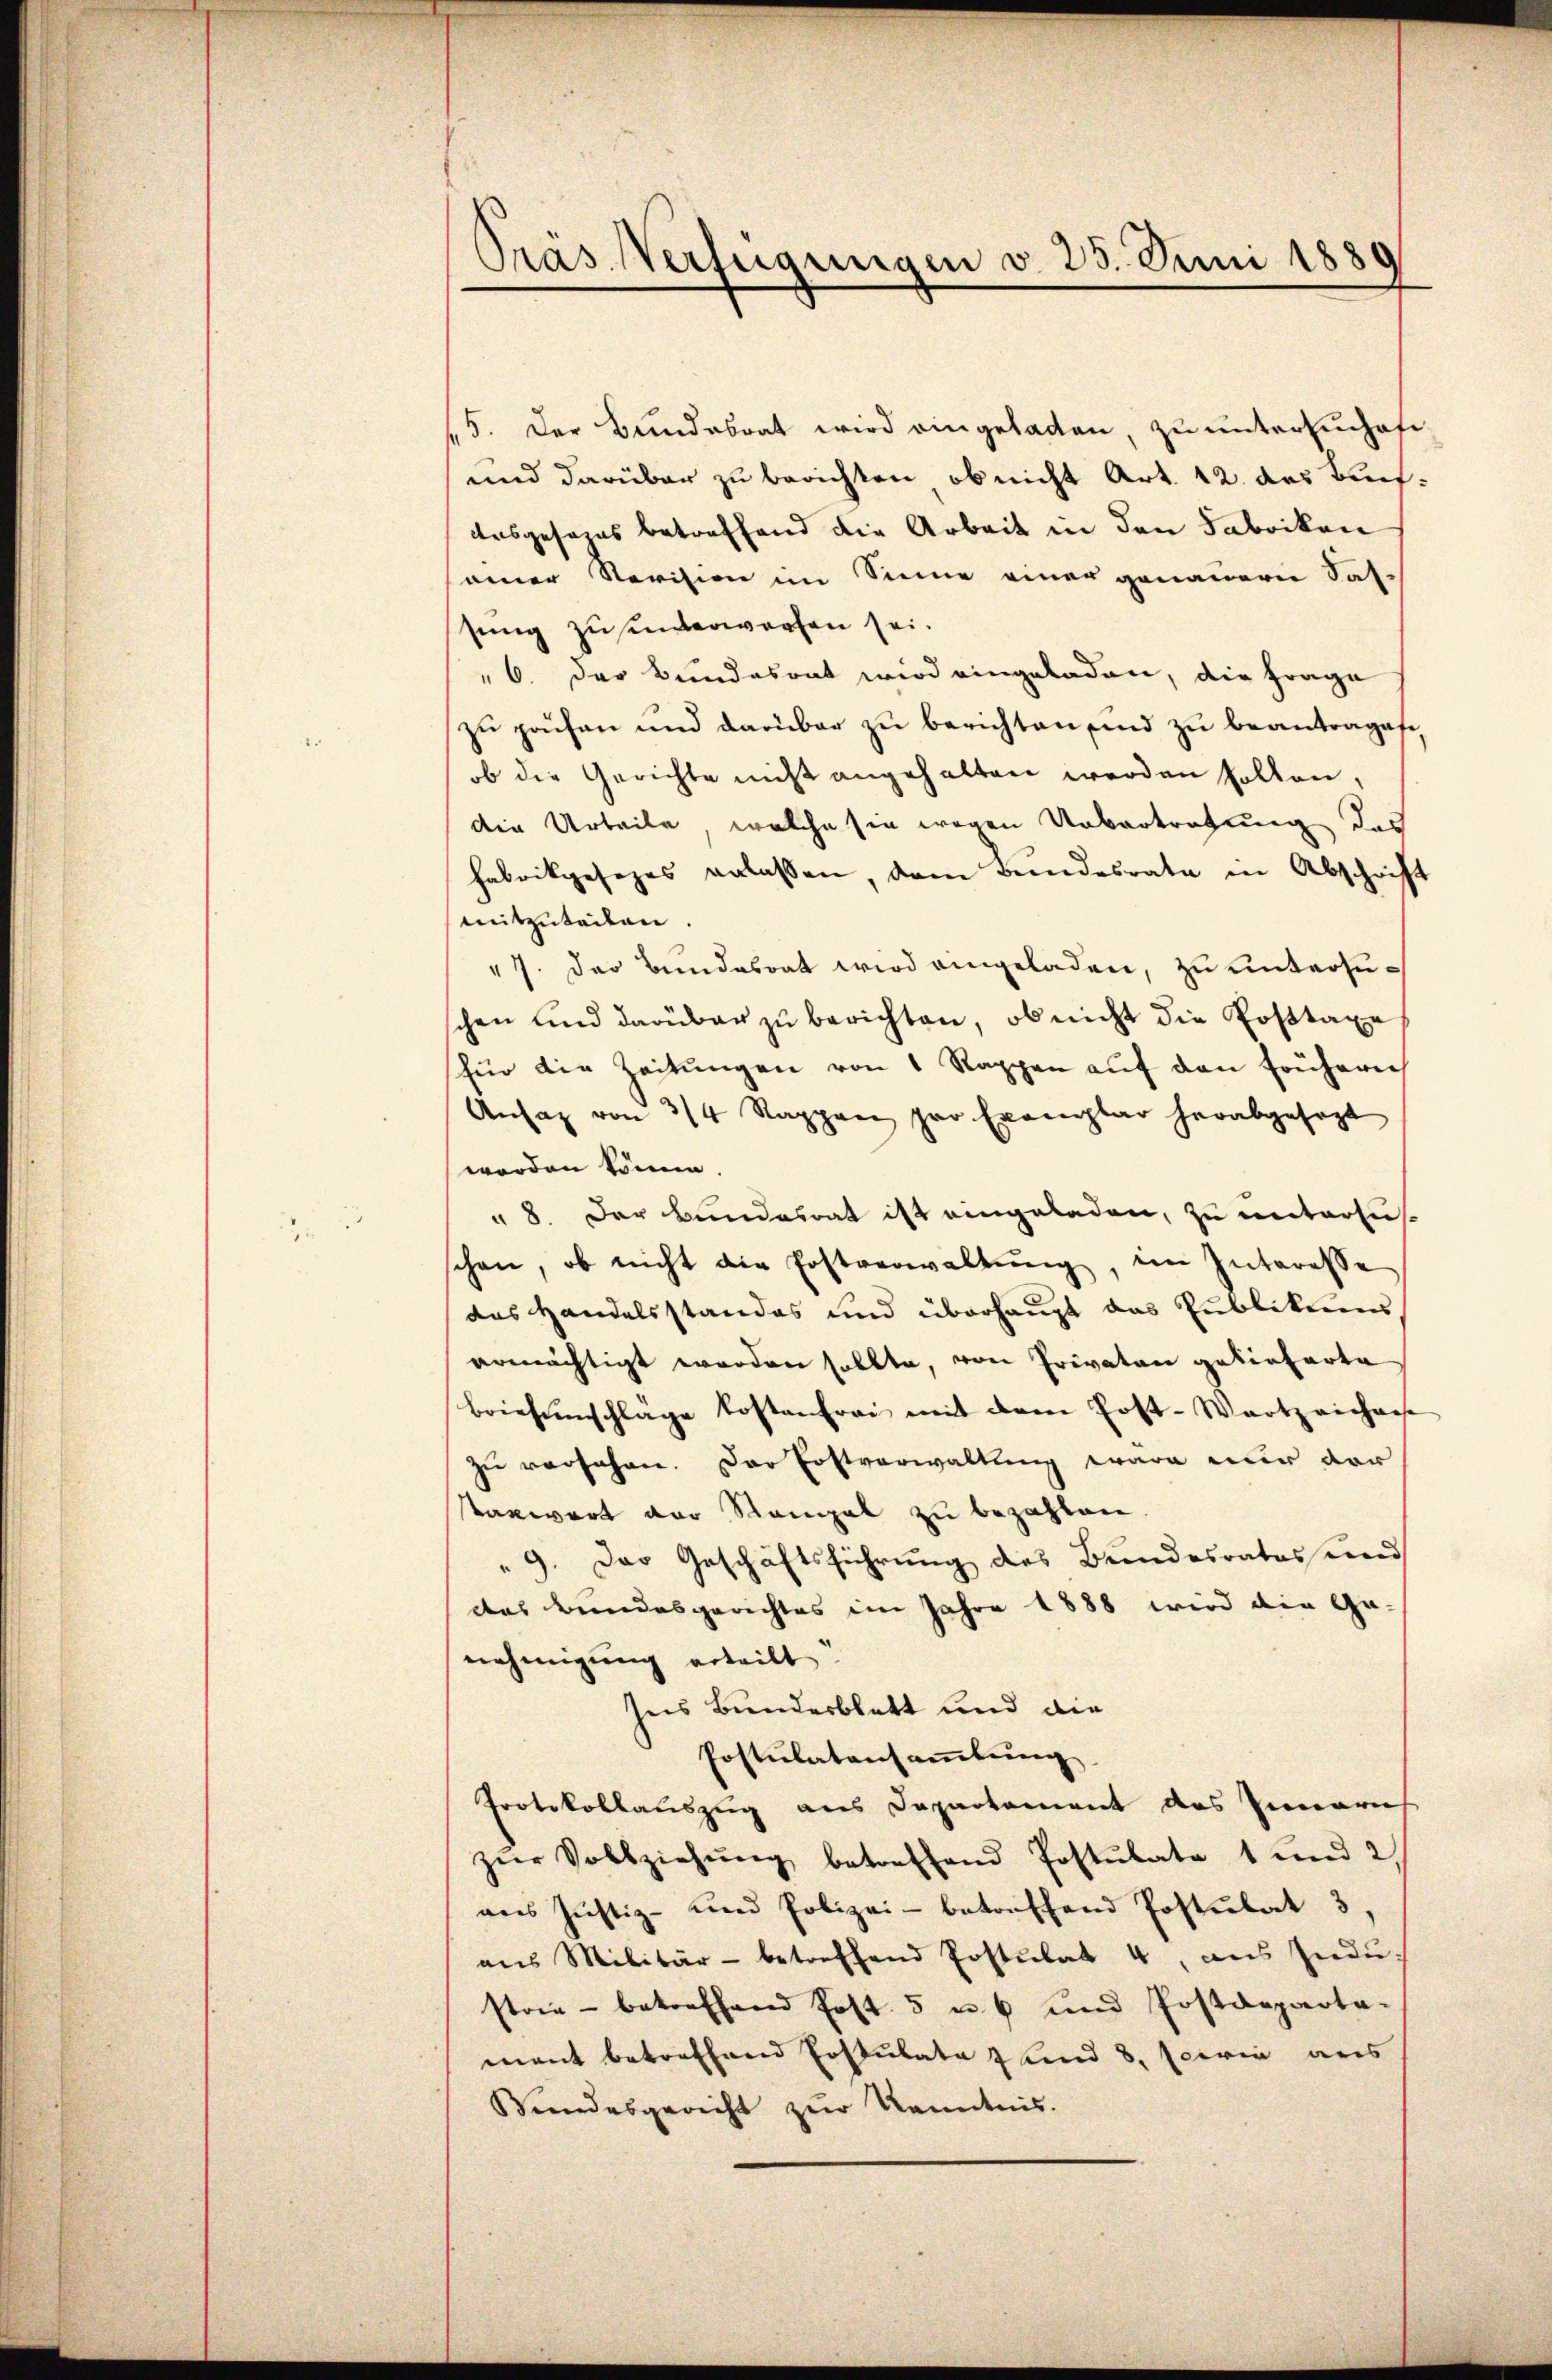
Präs. Verfügungen v. 25. Juni 1889

15. Der Bundesrat wird eingeladen, zu unterschaft
und darüber zu berichten, ob nicht Art. 12. des Buchdesgesezes betreffend die Arbeit in den Fabriken
einer Revision im Sinne einer genauern Sas-
sung zusinverworfen sei.
" 6. Der Bundesrat wird eingeladen, die Frage
zu prüfen und darüber zu berichten sind zu beantrages
ob die Gerichte nicht angehalten werden holten,
die Urteile, welche sie wegen Uebertretung des
habrikgesezes erlassen, dem Bundesrate in Abschrift
mitzuteilen
7. Der Bundesrat wird eingeladen, zu untersuchen und darüber zu berichten, ob nicht die Posttaxe
für die Zeitŭngen von 1 Rappen aŭf den früherei
Ansaz von 3/4 Rappen pro Exemplar herabgesagt
worden könne.
" 8. Der Bundesrat ist eingeladen, zu untersuschon, ob nicht die Erstverwaltŭng, im Interesse
das Handelsstandes und überhaupt das Publikums,
ermächtigt worden sollte, von Privaten gelieferte
briefenschläge kosten frei mit dem Post-Wartzeichae
zu versehen. Der Erstverwaltung wäre nur vor
tanwart vor Stanal zu bezahlen
" 9. Das Geschäftsführung des Bundesrates und
das Bundesgerichtes im Jahre 1888 wird die Ge-
nehmigung erteilt.
sees Bundesblatt und die
Postulatensammlung
Protokollauszug aus Departement des Inneris
zŭr Vollziehŭng betreffend Postulate 1 und 2
ans Justiz- und Polizei- betreffend Postulat 3,
aus Militär- betreffend Postulat 4, aus Indu-
strie - betreffend Post. 5 u. 6 und Postdeparta-
mant betreffend Erstulate 7 und 8. Ferie aus
Bŭndesgericht zŭr Kenntnis.